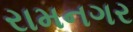
રામનગર